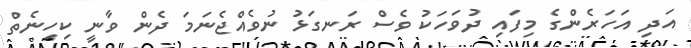
އަދި އަހަރެންގެ މިފައި ދުވަހަކު ވެސް ރަނގަޅު ނުވެއްޖެނަމަ ދެން ވާނީ ކިހިނެތް